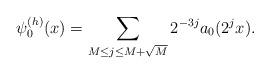
LaTeX: \begin{align*}\psi_0^{(h)}(x) = \sum_{M\le j \le M+\sqrt M} 2^{-3j} a_0(2^{j} x). \end{align*}